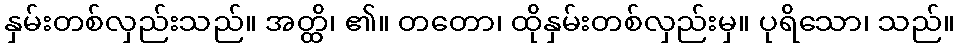
နှမ်းတစ်လှည်းသည်။ အတ္ထိ၊ ၏။ တတော၊ ထိုနှမ်းတစ်လှည်းမှ။ ပုရိသော၊ သည်။